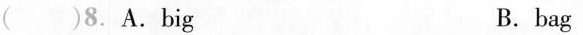
()8.A.big B.bag